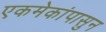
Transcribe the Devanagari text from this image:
एकमेकांपासुन